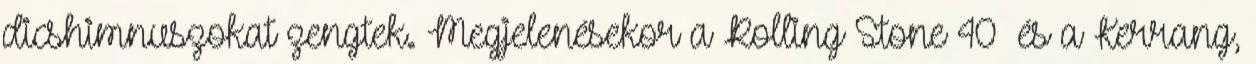
dicshimnuszokat zengtek. Megjelenésekor a Rolling Stone 40 és a Kerrang,